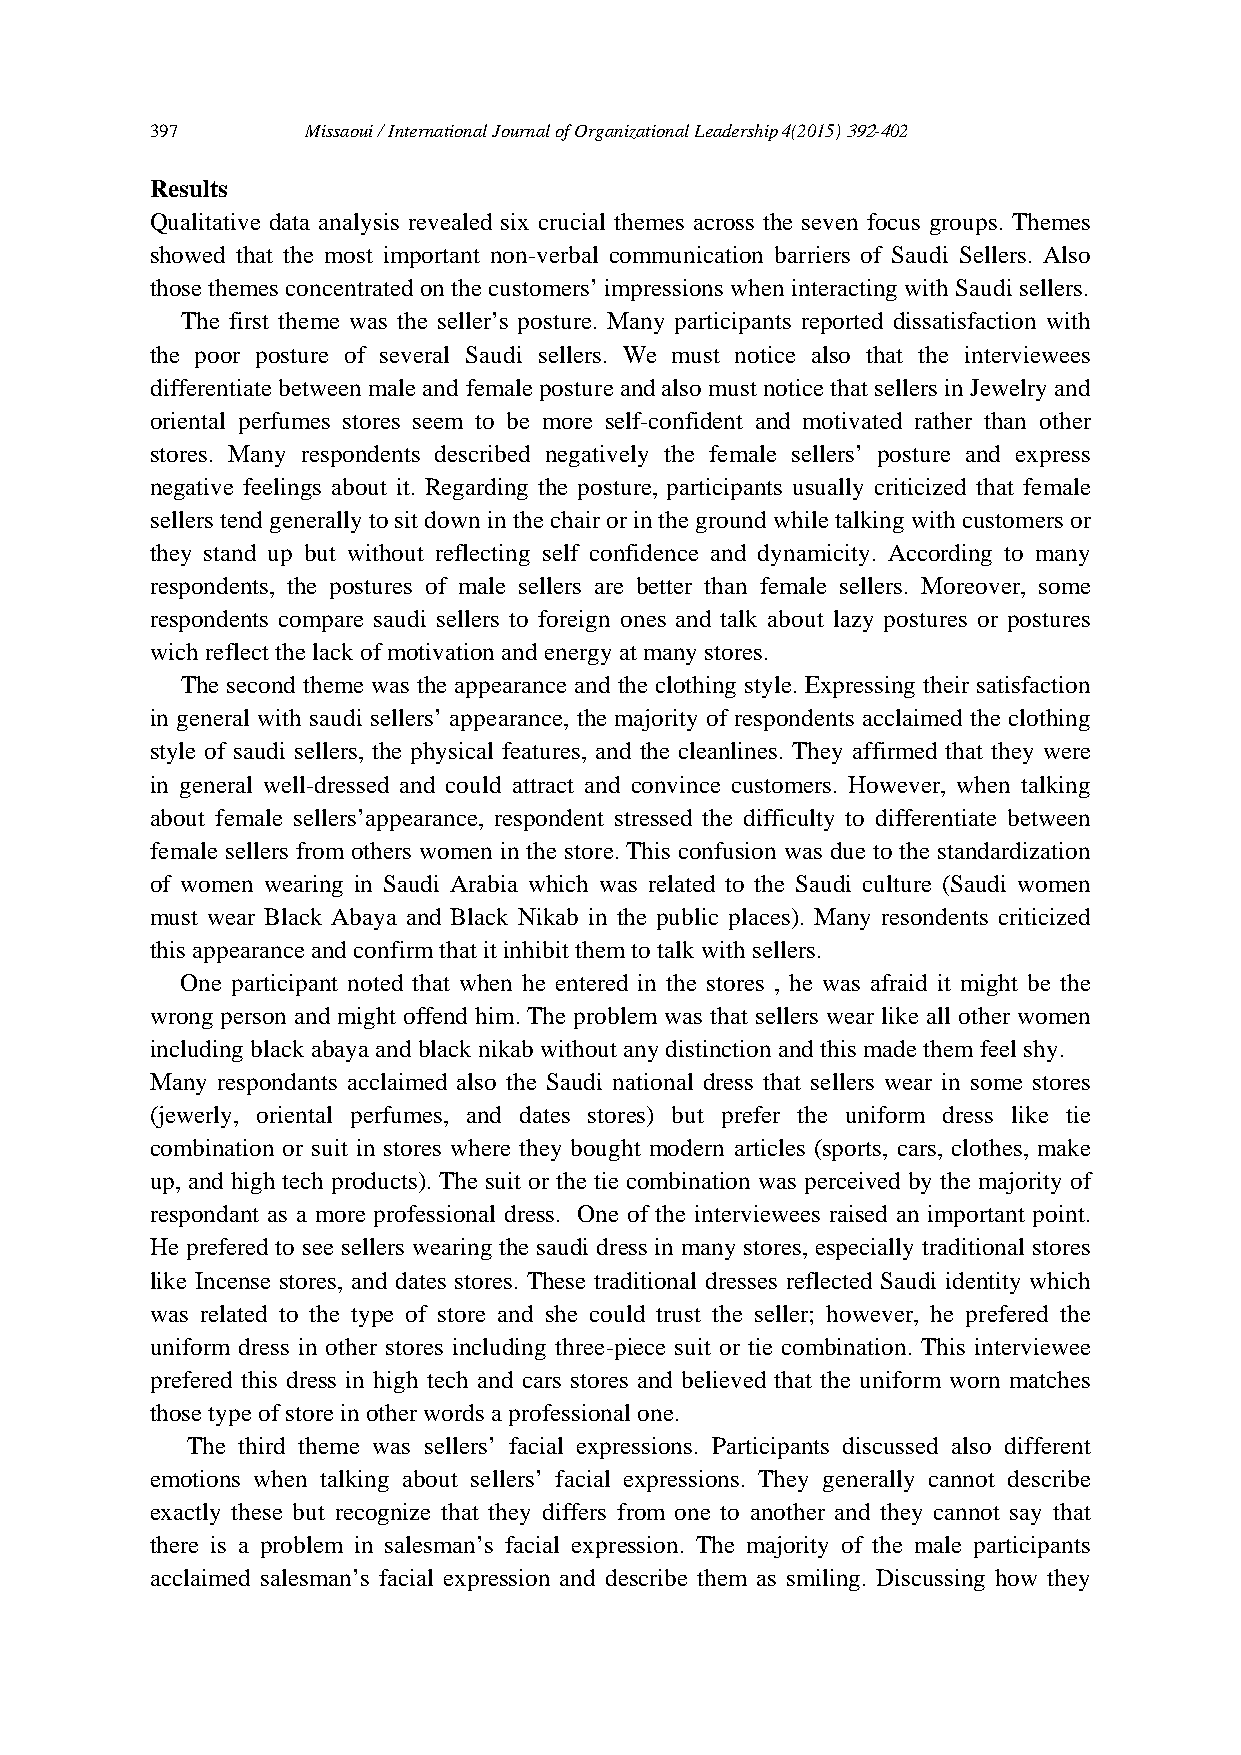
397       Missaoui / International Journal of Organizational Leadership 4(2015) 392-402
 Results
 Qualitative data analysis revealed six crucial themes across the seven focus groups. Themes
 showed that the most important non-verbal communication barriers of Saudi Sellers. Also
 those themes concentrated on the customers’ impressions when interacting with Saudi sellers.
 The first theme was the seller’s posture. Many participants reported dissatisfaction with
 the poor posture of several Saudi sellers. We must notice also that the interviewees
 differentiate between male and female posture and also must notice that sellers in Jewelry and
 oriental perfumes stores seem to be more self-confident and motivated rather than other
 stores. Many respondents described negatively the female sellers’ posture and express
 negative feelings about it. Regarding the posture, participants usually criticized that female
 sellers tend generally to sit down in the chair or in the ground while talking with customers or
 they stand up but without reflecting self confidence and dynamicity. According to many
 respondents, the postures of male sellers are better than female sellers. Moreover, some
 respondents compare saudi sellers to foreign ones and talk about lazy postures or postures
 wich reflect the lack of motivation and energy at many stores.
 The second theme was the appearance and the clothing style. Expressing their satisfaction
 in general with saudi sellers’ appearance, the majority of respondents acclaimed the clothing
 style of saudi sellers, the physical features, and the cleanlines. They affirmed that they were
 in general well-dressed and could attract and convince customers. However, when talking
 about female sellers’appearance, respondent stressed the difficulty to differentiate between
 female sellers from others women in the store. This confusion was due to the standardization
 of women wearing in Saudi Arabia which was related to the Saudi culture (Saudi women
 must wear Black Abaya and Black Nikab in the public places). Many resondents criticized
 this appearance and confirm that it inhibit them to talk with sellers.
 One participant noted that when he entered in the stores , he was afraid it might be the
 wrong person and might offend him. The problem was that sellers wear like all other women
 including black abaya and black nikab without any distinction and this made them feel shy.
 Many respondants acclaimed also the Saudi national dress that sellers wear in some stores
 (jewerly, oriental perfumes, and dates stores) but prefer the uniform dress like tie
 combination or suit in stores where they bought modern articles (sports, cars, clothes, make
 up, and high tech products). The suit or the tie combination was perceived by the majority of
 respondant as a more professional dress. One of the interviewees raised an important point.
 He prefered to see sellers wearing the saudi dress in many stores, especially traditional stores
 like Incense stores, and dates stores. These traditional dresses reflected Saudi identity which
 was related to the type of store and she could trust the seller; however, he prefered the
 uniform dress in other stores including three-piece suit or tie combination. This interviewee
 prefered this dress in high tech and cars stores and believed that the uniform worn matches
 those type of store in other words a professional one.
 The third theme was sellers’ facial expressions. Participants discussed also different
 emotions when talking about sellers’ facial expressions. They generally cannot describe
 exactly these but recognize that they differs from one to another and they cannot say that
 there is a problem in salesman’s facial expression. The majority of the male participants
 acclaimed salesman’s facial expression and describe them as smiling. Discussing how they